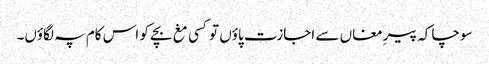
سوچا کہ پیرِ مغاں سے اجازت پاؤں تو کسی مغ بچے کو اس کام پہ لگاؤں۔